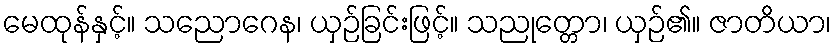
မေထုန်နှင့်။ သညောဂေန၊ ယှဉ်ခြင်းဖြင့်။ သညုတ္တော၊ ယှဉ်၏။ ဇာတိယာ၊